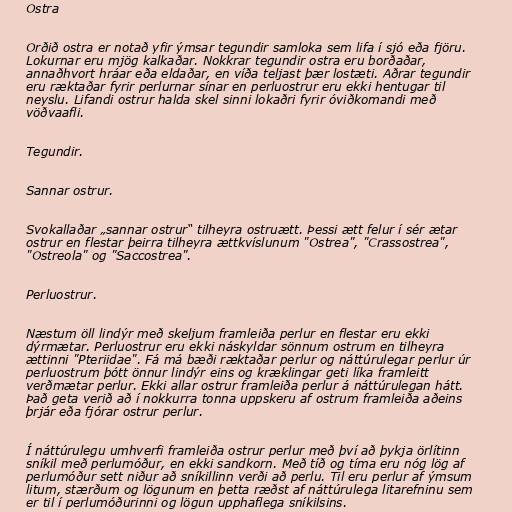
Ostra

Orðið ostra er notað yfir ýmsar tegundir samloka sem lifa í sjó eða fjöru.
Lokurnar eru mjög kalkaðar. Nokkrar tegundir ostra eru borðaðar,
annaðhvort hráar eða eldaðar, en víða teljast þær lostæti. Aðrar tegundir
eru ræktaðar fyrir perlurnar sínar en perluostrur eru ekki hentugar til
neyslu. Lifandi ostrur halda skel sinni lokaðri fyrir óviðkomandi með
vöðvaafli.

Tegundir.

Sannar ostrur.

Svokallaðar „sannar ostrur“ tilheyra ostruætt. Þessi ætt felur í sér ætar
ostrur en flestar þeirra tilheyra ættkvíslunum "Ostrea", "Crassostrea",
"Ostreola" og "Saccostrea".

Perluostrur.

Næstum öll lindýr með skeljum framleiða perlur en flestar eru ekki
dýrmætar. Perluostrur eru ekki náskyldar sönnum ostrum en tilheyra
ættinni "Pteriidae". Fá má bæði ræktaðar perlur og náttúrulegar perlur úr
perluostrum þótt önnur lindýr eins og kræklingar geti líka framleitt
verðmætar perlur. Ekki allar ostrur framleiða perlur á náttúrulegan hátt.
Það geta verið að í nokkurra tonna uppskeru af ostrum framleiða aðeins
þrjár eða fjórar ostrur perlur.

Í náttúrulegu umhverfi framleiða ostrur perlur með því að þykja örlítinn
sníkil með perlumóður, en ekki sandkorn. Með tíð og tíma eru nóg lög af
perlumóður sett niður að sníkillinn verði að perlu. Til eru perlur af ýmsum
litum, stærðum og lögunum en þetta ræðst af náttúrulega litarefninu sem
er til í perlumóðurinni og lögun upphaflega sníkilsins.